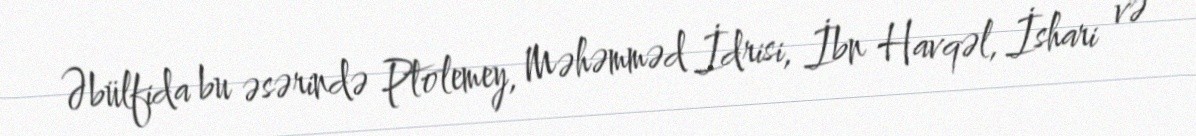
Əbülfida bu əsərində Ptolemey, Məhəmməd İdrisi, İbn Havqəl, İshari və